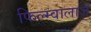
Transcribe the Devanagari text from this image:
फिल्म्वालाज